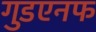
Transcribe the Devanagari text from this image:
गुडएनफ